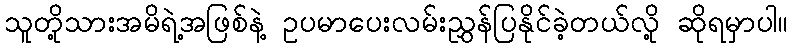
သူတို့သားအမိရဲ့အဖြစ်နဲ့ ဥပမာပေးလမ်းညွှန်ပြနိုင်ခဲ့တယ်လို့ ဆိုရမှာပါ။